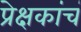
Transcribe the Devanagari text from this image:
प्रेक्षकांचं